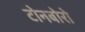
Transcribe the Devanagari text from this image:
टोनबोरो